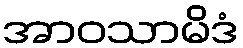
အာဝသာမိဒံ